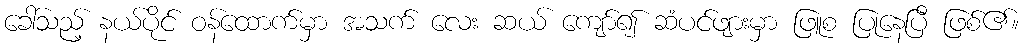
ခေါ်သည့် နယ်ပိုင် ဝန်ထောက်မှာ အသက် လေး ဆယ် ကျော်၍ ဆံပင်ဖျားမှာ ဖြူစ ပြုနေပြီ ဖြစ်၏။